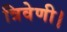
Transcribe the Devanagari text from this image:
त्रिवेणी।